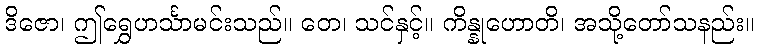
ဒိဇော၊ ဤရွှေဟင်္သာမင်းသည်။ တေ၊ သင်နှင့်။ ကိန္နုဟောတိ၊ အသို့တော်သနည်း။